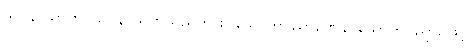
သဝနာယာတိ၊ သဝနာယဟူသည်ကား။ သောတဝိညာဏေန၊ သောတဝိညာဉ်ဖြင့်။